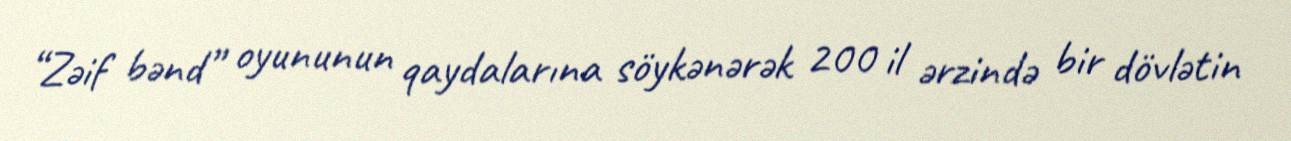
“Zəif bənd” oyununun qaydalarına söykənərək 200 il ərzində bir dövlətin